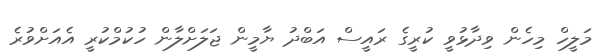
މަލީހް މިހެން ވިދާޅުވީ ކުރީގެ ރައީސް އަބްދު ޔާމީން ޖަލަށްލާން ހުކުމްކުރީ އެއަށްވުރެ